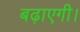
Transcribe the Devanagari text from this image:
बढ़ाएगी।